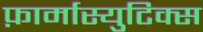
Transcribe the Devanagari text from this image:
फ़ार्मास्युटिक्स